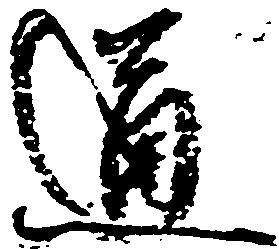
通